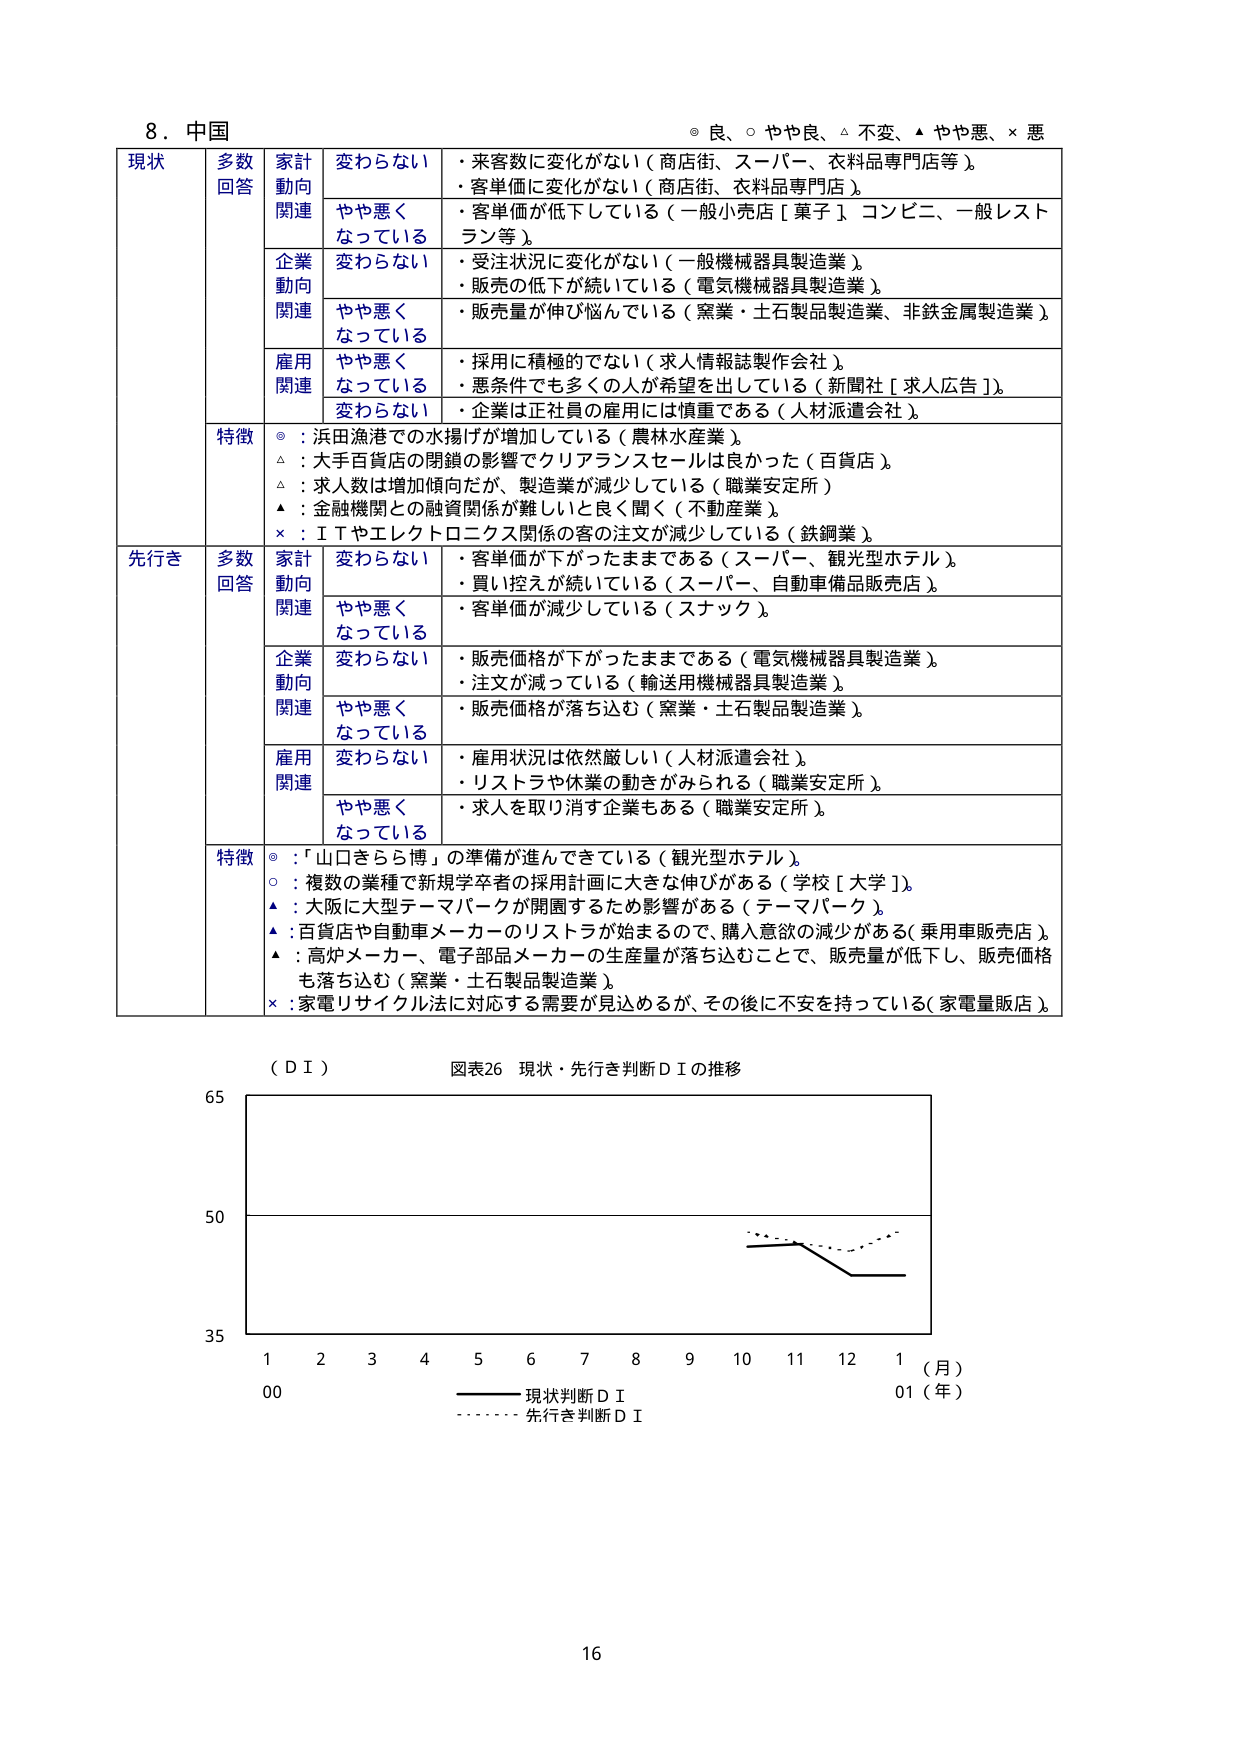
8. 中国
◎ 良、○ やや良、△ 不変、▲ やや悪、× 悪

現状
多数回答
家計動向関連
変わらない
・来客数に変化がない（商店街、スーパー、衣料品専門店等）。
・客単価に変化がない（商店街、衣料品専門店）。
やや悪くなっている
・客単価が低下している（一般小売店［菓子］コンビニ、一般レストラン等）。

企業動向関連
変わらない
・受注状況に変化がない（一般機械器具製造業）。
・販売の低下が続いている（電気機械器具製造業）。
やや悪くなっている
・販売量が伸び悩んでいる（窯業・土石製品製造業、非鉄金属製造業）。

雇用関連
やや悪くなっている
・採用に積極的でない（求人情報誌製作会社）。
・悪条件でも多くの人が希望を出している（新聞社［求人広告］）。
変わらない
・企業は正社員の雇用には慎重である（人材派遣会社）。

特徴
◎：浜田漁港での水揚げが増加している（農林水産業）。
△：大手百貨店の閉鎖の影響でクリアランスセールは良かった（百貨店）。
△：求人数は増加傾向だが、製造業が減少している（職業安定所）。
▲：金融機関との融資関係が難しいと良く聞く（不動産業）。
×：ＩＴやエレクトロニクス関係の客の注文が減少している（鉄鋼業）。

先行き
多数回答
家計動向関連
変わらない
・客単価が下がったままである（スーパー、観光型ホテル）。
・買い控えが続いている（スーパー、自動車備品販売店）。
やや悪くなっている
・客単価が減少している（スナック）。

企業動向関連
変わらない
・販売価格が下がったままである（電気機械器具製造業）。
・注文が減っている（輸送用機械器具製造業）。
やや悪くなっている
・販売価格が落ち込む（窯業・土石製品製造業）。

雇用関連
変わらない
・雇用状況は依然厳しい（人材派遣会社）。
・リストラや休業の動きがみられる（職業安定所）。
やや悪くなっている
・求人を取り消す企業もある（職業安定所）。

特徴
◎：「山口きらら博」の準備が進んできている（観光型ホテル）。
○：複数の業種で新規学卒者の採用計画に大きな伸びがある（学校［大学］）。
▲：大阪に大型テーマパークが開園するため影響がある（テーマパーク）。
▲：百貨店や自動車メーカーのリストラが始まるので、購入意欲の減少がある（乗用車販売店）。
▲：高炉メーカー、電子部品メーカーの生産量が落ち込むことで、販売量が低下し、販売価格も落ち込む（窯業・土石製品製造業）。
×：家電リサイクル法に対応する需要が見込めるが、その後に不安を持っている（家電量販店）。

（ＤＩ）
図表26 現状・先行き判断ＤＩの推移

65
50
35
1 2 3 4 5 6 7 8 9 10 11 12 1（月）
00 01（年）
―――― 現状判断ＤＩ
……… 先行き判断ＤＩ

16